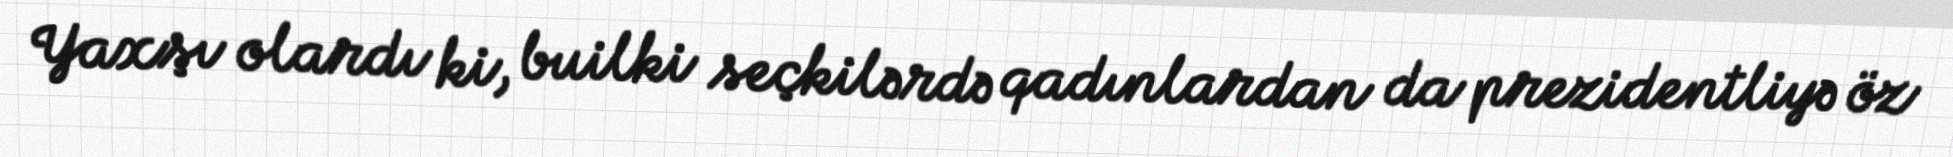
Yaxşı olardı ki, builki seçkilərdə qadınlardan da prezidentliyə öz